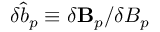
\delta \hat { b } _ { p } \equiv \delta \mathbf { B } _ { p } / \delta B _ { p }